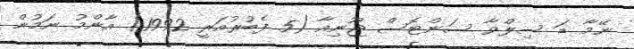
ނޭމާ ޑަ ސިލްވާ ސަންޓޮސް ޖޫނިއާ (5 ފެބުރުއަރީ 1992) އާންމު ނަމުން